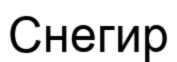
Снегир